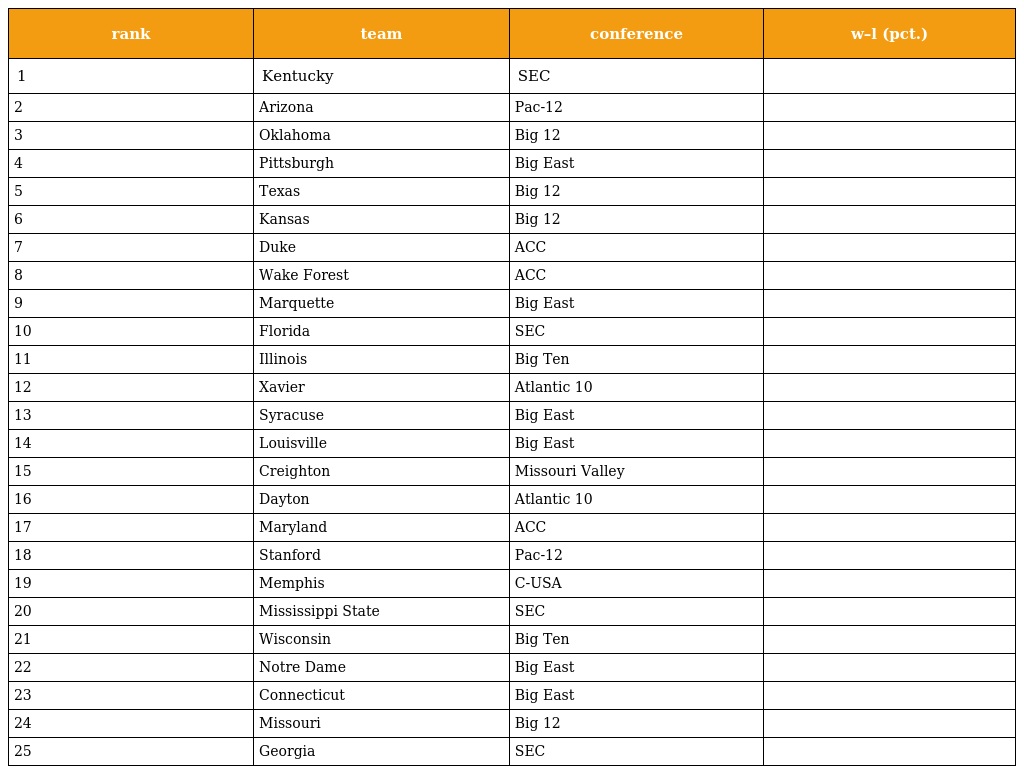
| rank | team | conference | w–l (pct.) |
 | --- | --- | --- | --- |
 | 1 | Kentucky | SEC |  |
 | 2 | Arizona | Pac-12 |  |
 | 3 | Oklahoma | Big 12 |  |
 | 4 | Pittsburgh | Big East |  |
 | 5 | Texas | Big 12 |  |
 | 6 | Kansas | Big 12 |  |
 | 7 | Duke | ACC |  |
 | 8 | Wake Forest | ACC |  |
 | 9 | Marquette | Big East |  |
 | 10 | Florida | SEC |  |
 | 11 | Illinois | Big Ten |  |
 | 12 | Xavier | Atlantic 10 |  |
 | 13 | Syracuse | Big East |  |
 | 14 | Louisville | Big East |  |
 | 15 | Creighton | Missouri Valley |  |
 | 16 | Dayton | Atlantic 10 |  |
 | 17 | Maryland | ACC |  |
 | 18 | Stanford | Pac-12 |  |
 | 19 | Memphis | C-USA |  |
 | 20 | Mississippi State | SEC |  |
 | 21 | Wisconsin | Big Ten |  |
 | 22 | Notre Dame | Big East |  |
 | 23 | Connecticut | Big East |  |
 | 24 | Missouri | Big 12 |  |
 | 25 | Georgia | SEC |  |